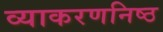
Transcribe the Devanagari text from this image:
व्याकरणनिष्ठ